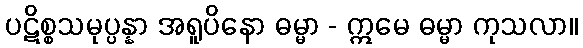
ပဋိစ္စသမုပ္ပန္နာ အရူပိနော ဓမ္မာ - ဣမေ ဓမ္မာ ကုသလာ။